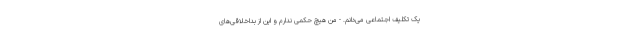
یک تکلیف اجتماعی می‌دانم. - من هیچ حکمی ندارم و این از بداخلاقی‌های